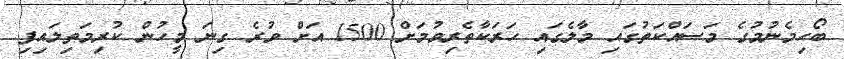
ބޯހިމެނުމުގެ މަސައްކަތުގައި މާލެގައި ހަރަކާތެރިވުމަށް 1500 އަށް ވުރެ ގިނަ މީހުން ކުރިމަތިލައިފި